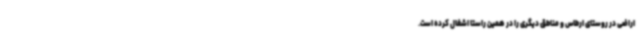
اراضی در روستای ارطاس و مناطق دیگری را در همین راستا اشغال کرده است.